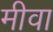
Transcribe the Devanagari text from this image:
मीवा